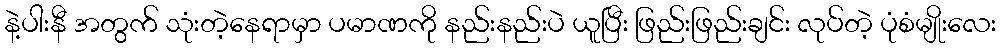
နဲ့ပါးနီ အတွက် သုံးတဲ့နေရာမှာ ပမာဏကို နည်းနည်းပဲ ယူပြီး ဖြည်းဖြည်းချင်း လုပ်တဲ့ ပုံစံမျိုးလေး